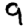
Digit: 9